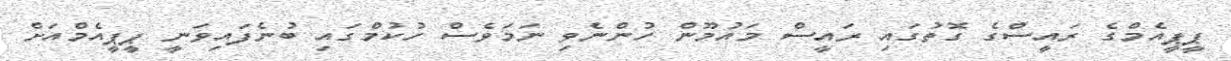
ޕީޕީއެމްގެ ރައީސްގެ ގޮތުގައި ރައީސް މައުމޫން ހުންނެވި ނަމަވެސް ހުކުމްގައި ބުނެފައިވަނީ ޕީޕީއެމްއަށް